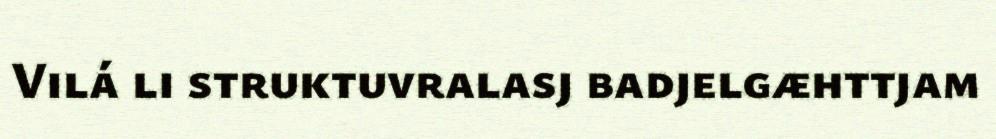
Vilá li struktuvralasj badjelgæhttjam